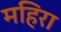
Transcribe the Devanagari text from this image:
महिरा